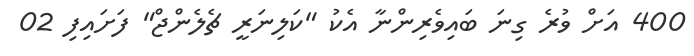
400 އަށް ވުރެ ގިނަ ބައިވެރިންނާ އެކު "ކަލިނަރީ ޗެލެންޖް" ފަށައިފި 02